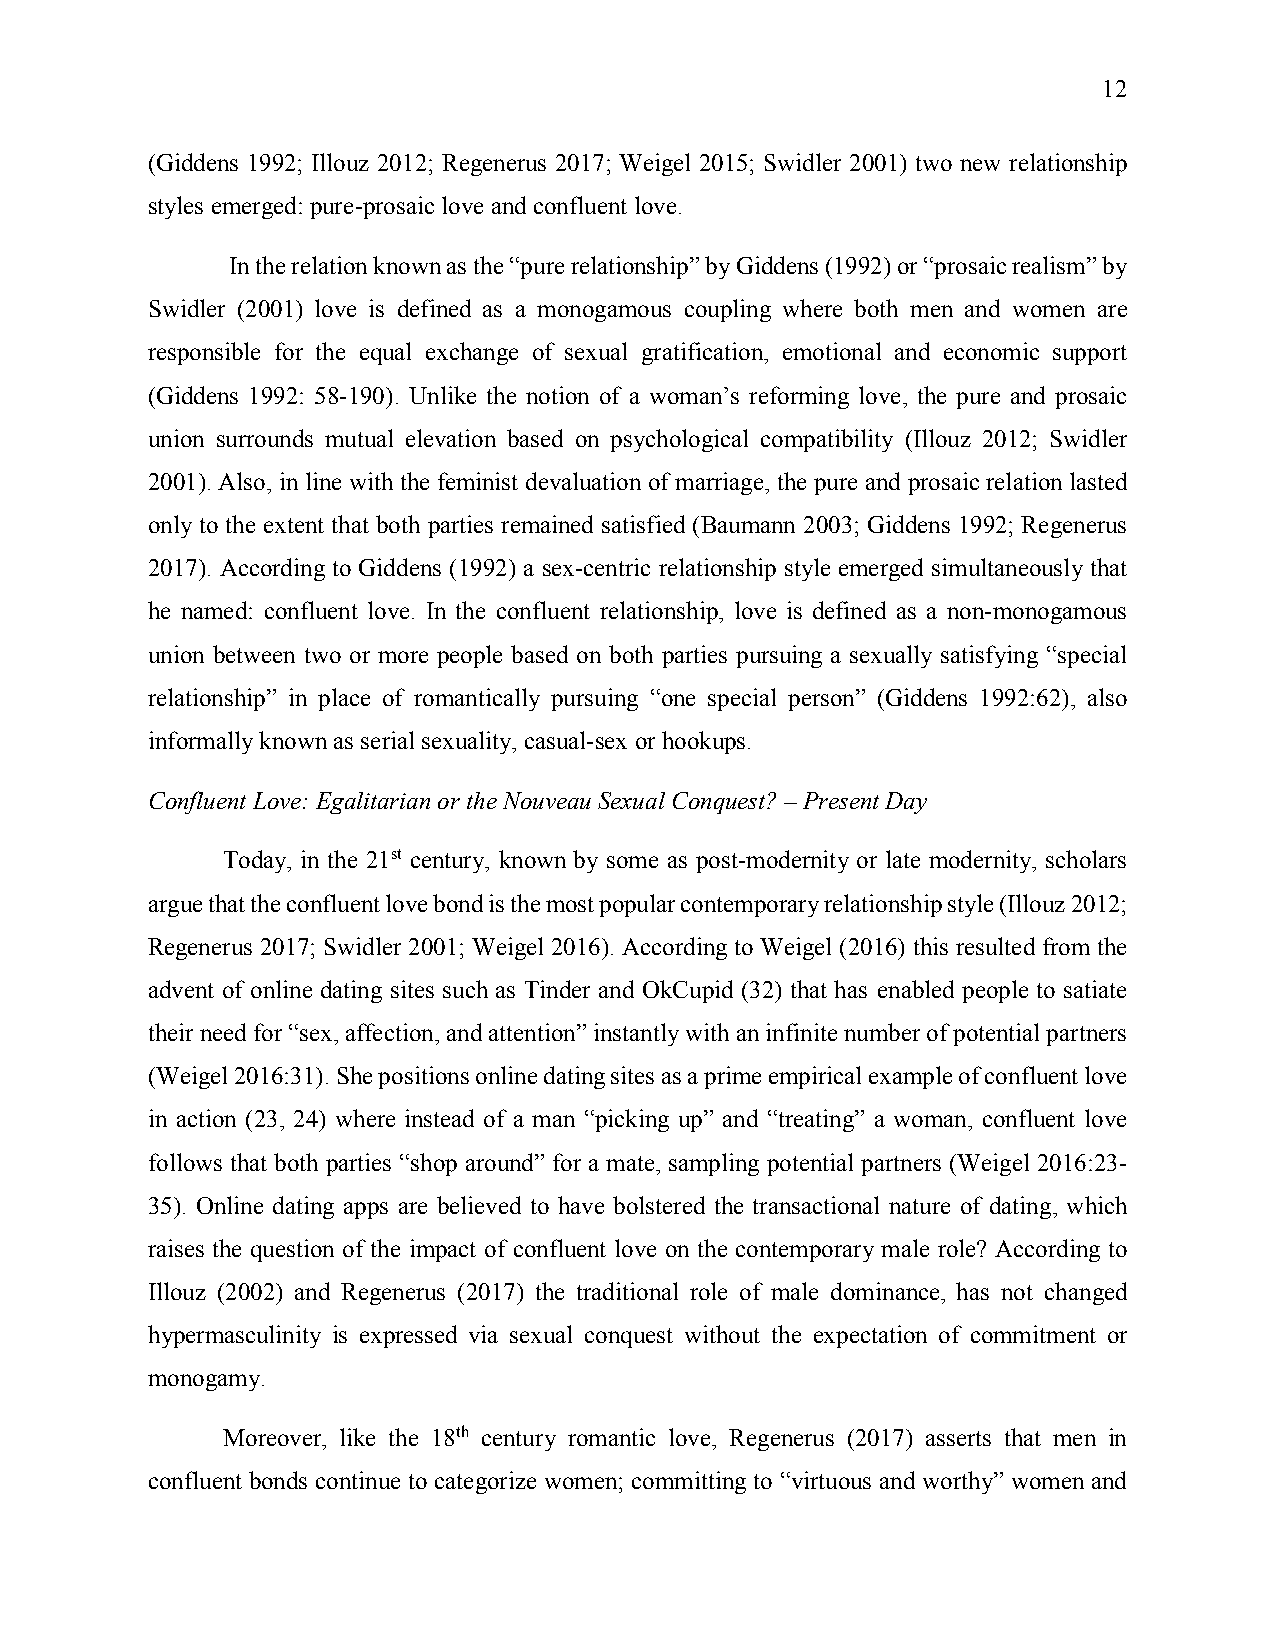
12
 (Giddens 1992; Illouz 2012; Regenerus 2017; Weigel 2015; Swidler 2001) two new relationship
 styles emerged: pure-prosaic love and confluent love.
 In the relation known as the “pure relationship” by Giddens (1992) or “prosaic realism” by
 Swidler (2001) love is defined as a monogamous coupling where both men and women are
 responsible for the equal exchange of sexual gratification, emotional and economic support
 (Giddens 1992: 58-190). Unlike the notion of a woman’s reforming love, the pure and prosaic
 union surrounds mutual elevation based on psychological compatibility (Illouz 2012; Swidler
 2001). Also, in line with the feminist devaluation of marriage, the pure and prosaic relation lasted
 only to the extent that both parties remained satisfied (Baumann 2003; Giddens 1992; Regenerus
 2017). According to Giddens (1992) a sex-centric relationship style emerged simultaneously that
 he named: confluent love. In the confluent relationship, love is defined as a non-monogamous
 union between two or more people based on both parties pursuing a sexually satisfying “special
 relationship” in place of romantically pursuing “one special person” (Giddens 1992:62), also
 informally known as serial sexuality, casual-sex or hookups.
 Confluent Love: Egalitarian or the Nouveau Sexual Conquest? – Present Day
 Today, in the 21st century, known by some as post-modernity or late modernity, scholars
 argue that the confluent love bond is the most popular contemporary relationship style (Illouz 2012;
 Regenerus 2017; Swidler 2001; Weigel 2016). According to Weigel (2016) this resulted from the
 advent of online dating sites such as Tinder and OkCupid (32) that has enabled people to satiate
 their need for “sex, affection, and attention” instantly with an infinite number of potential partners
 (Weigel 2016:31). She positions online dating sites as a prime empirical example of confluent love
 in action (23, 24) where instead of a man “picking up” and “treating” a woman, confluent love
 follows that both parties “shop around” for a mate, sampling potential partners (Weigel 2016:23-
 35). Online dating apps are believed to have bolstered the transactional nature of dating, which
 raises the question of the impact of confluent love on the contemporary male role? According to
 Illouz (2002) and Regenerus (2017) the traditional role of male dominance, has not changed
 hypermasculinity is expressed via sexual conquest without the expectation of commitment or
 monogamy.
 Moreover, like the 18th century romantic love, Regenerus (2017) asserts that men in
 confluent bonds continue to categorize women; committing to “virtuous and worthy” women and